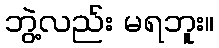
ဘွဲ့လည်း မရဘူး။